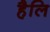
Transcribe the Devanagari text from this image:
हैलि